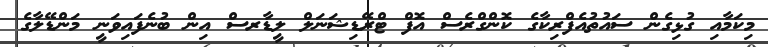
މިކަމާއި ގުޅިގެން ސައުތުއެފްރިކާގެ ކޮންގްރެސް އޮފް ޓްރޭޑިޝަނަލް ލީޑާރސް އިން ބުނެފައިވަނީ މަންޑޭލާގެ